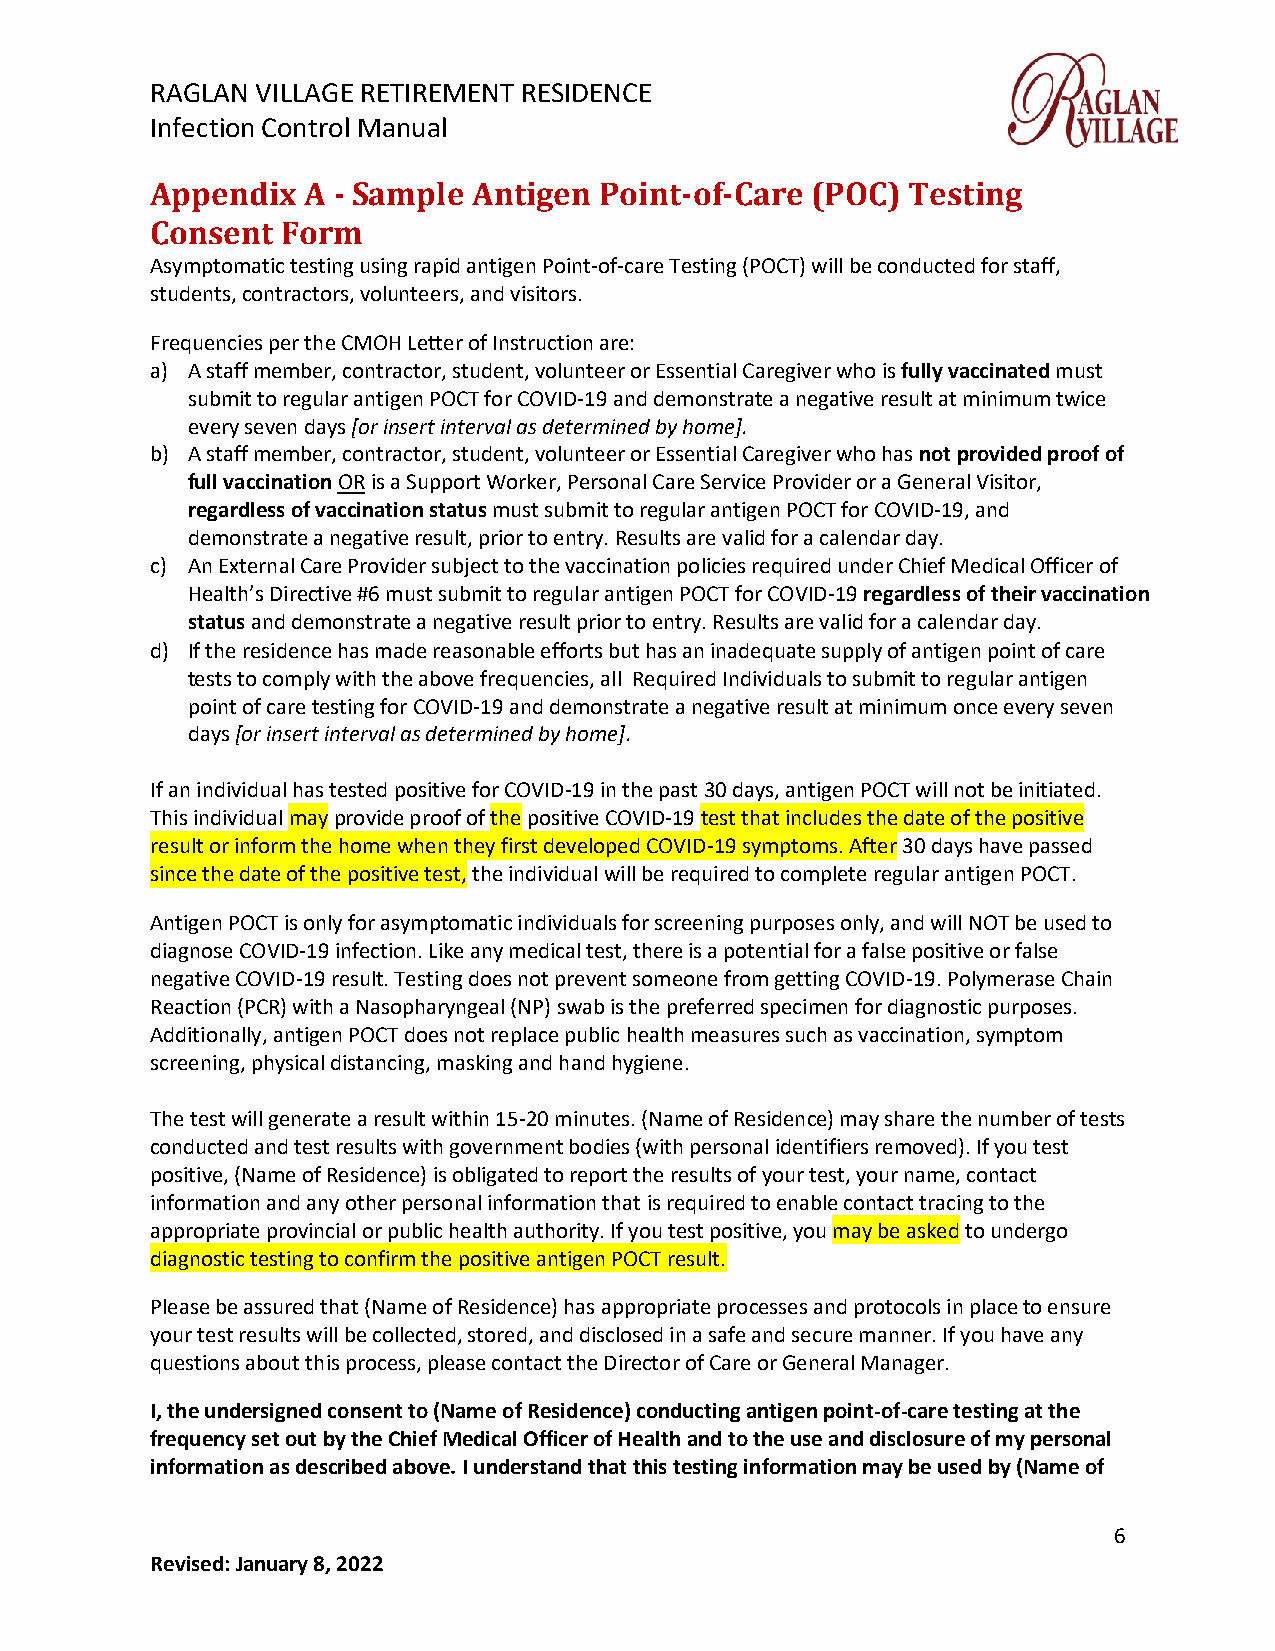
RAGLAN VILLAGE RETIREMENT RESIDENCE
 Infection Control Manual
 Appendix  A - Sample Antigen  Point-of-Care (POC) Testing
 Consent  Form
 Asymptomatic testing using rapid antigen Point-of-care Testing (POCT) will be conducted for staff,
 students, contractors, volunteers, and visitors.
 Frequencies per the CMOH Letter of Instruction are:
 a) A staff member, contractor, student, volunteer or Essential Caregiver who is fully vaccinated must
 submit to regular antigen POCT for COVID-19 and demonstrate a negative result at minimum twice
 every seven days [or insert interval as determined by home].
 b) A staff member, contractor, student, volunteer or Essential Caregiver who has not provided proof of
 full vaccination OR is a Support Worker, Personal Care Service Provider or a General Visitor,
 regardless of vaccination status must submit to regular antigen POCT for COVID-19, and
 demonstrate a negative result, prior to entry. Results are valid for a calendar day.
 c) An External Care Provider subject to the vaccination policies required under Chief Medical Officer of
 Health’s Directive #6 must submit to regular antigen POCT for COVID-19 regardless of their vaccination
 status and demonstrate a negative result prior to entry. Results are valid for a calendar day.
 d) If the residence has made reasonable efforts but has an inadequate supply of antigen point of care
 tests to comply with the above frequencies, all Required Individuals to submit to regular antigen
 point of care testing for COVID-19 and demonstrate a negative result at minimum once every seven
 days [or insert interval as determined by home].
 If an individual has tested positive for COVID-19 in the past 30 days, antigen POCT will not be initiated.
 This individual may provide proof of the positive COVID-19 test that includes the date of the positive
 result or inform the home when they first developed COVID-19 symptoms. After 30 days have passed
 since the date of the positive test, the individual will be required to complete regular antigen POCT.
 Antigen POCT is only for asymptomatic individuals for screening purposes only, and will NOT be used to
 diagnose COVID-19 infection. Like any medical test, there is a potential for a false positive or false
 negative COVID-19 result. Testing does not prevent someone from getting COVID-19. Polymerase Chain
 Reaction (PCR) with a Nasopharyngeal (NP) swab is the preferred specimen for diagnostic purposes.
 Additionally, antigen POCT does not replace public health measures such as vaccination, symptom
 screening, physical distancing, masking and hand hygiene.
 The test will generate a result within 15-20 minutes. (Name of Residence) may share the number of tests
 conducted and test results with government bodies (with personal identifiers removed). If you test
 positive, (Name of Residence) is obligated to report the results of your test, your name, contact
 information and any other personal information that is required to enable contact tracing to the
 appropriate provincial or public health authority. If you test positive, you may be asked to undergo
 diagnostic testing to confirm the positive antigen POCT result.
 Please be assured that (Name of Residence) has appropriate processes and protocols in place to ensure
 your test results will be collected, stored, and disclosed in a safe and secure manner. If you have any
 questions about this process, please contact the Director of Care or General Manager.
 I, the undersigned consent to (Name of Residence) conducting antigen point-of-care testing at the
 frequency set out by the Chief Medical Officer of Health and to the use and disclosure of my personal
 information as described above. I understand that this testing information may be used by (Name of
 6
 Revised: January 8, 2022